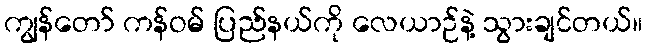
ကျွန်တော် ကန်ဝမ် ပြည်နယ်ကို လေယာဉ်နဲ့ သွားချင်တယ်။